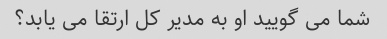
شما می گویید او به مدیر کل ارتقا می یابد؟